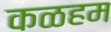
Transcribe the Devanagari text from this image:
कळहम